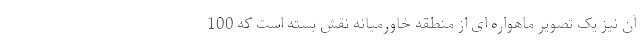
آن نیز یک تصویر ماهواره ای از منطقه خاورمیانه نقش بسته است که 100